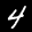
Label: 4